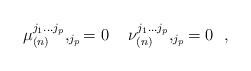
\begin{align*}\mu ^{j_1...j_p}_{(n)},_{j_p}=0 \,\,\,\,\,\,\, \nu ^{j_1...j_p}_{(n)},_{j_p}=0\,\,\,\, ,\end{align*}